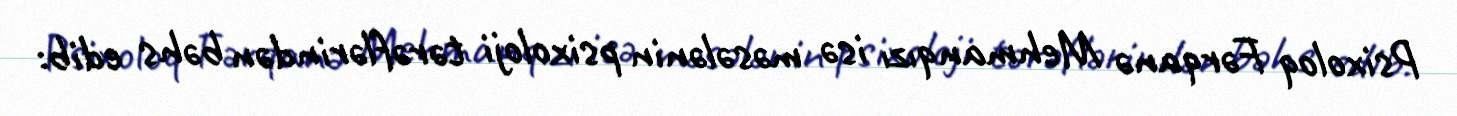
Psixoloq Fərqanə Mehmanqızı isə məsələnin psixoloji tərəflərindən bəhs edib: